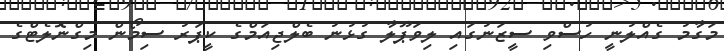
މަގާމު ގެއްލުނީ ހުސްވި ސީޒަނުގައި ލިވަޕޫލާ ގުޅުނު ބެލްޖިއަމްގެ ކީޕަރު ސިމޯން މިގްނޮލެޓްގެ